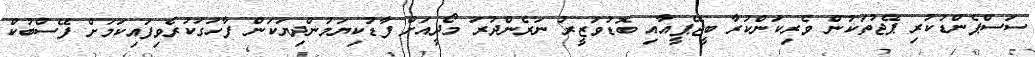
ސަސްޕެންޑުކުރި ޕޭޖުތަކުން ވެރިކަންކުރާ ބީޖޭޕީއާއި ބޮޑުވަޒީރު ނަރެންދުރަ މޯދީއަށް ފާޑުކިޔަމުންދިޔަކަން ފާހަގަކުރެވިފައިކަމަށް ފޭސްބުކް